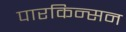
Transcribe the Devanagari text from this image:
पारकिन्सन